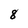
Character: 8